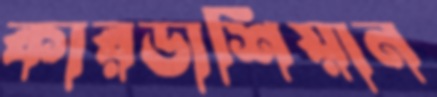
কারডাশিয়ান